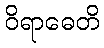
ဝိရာဓေတိ